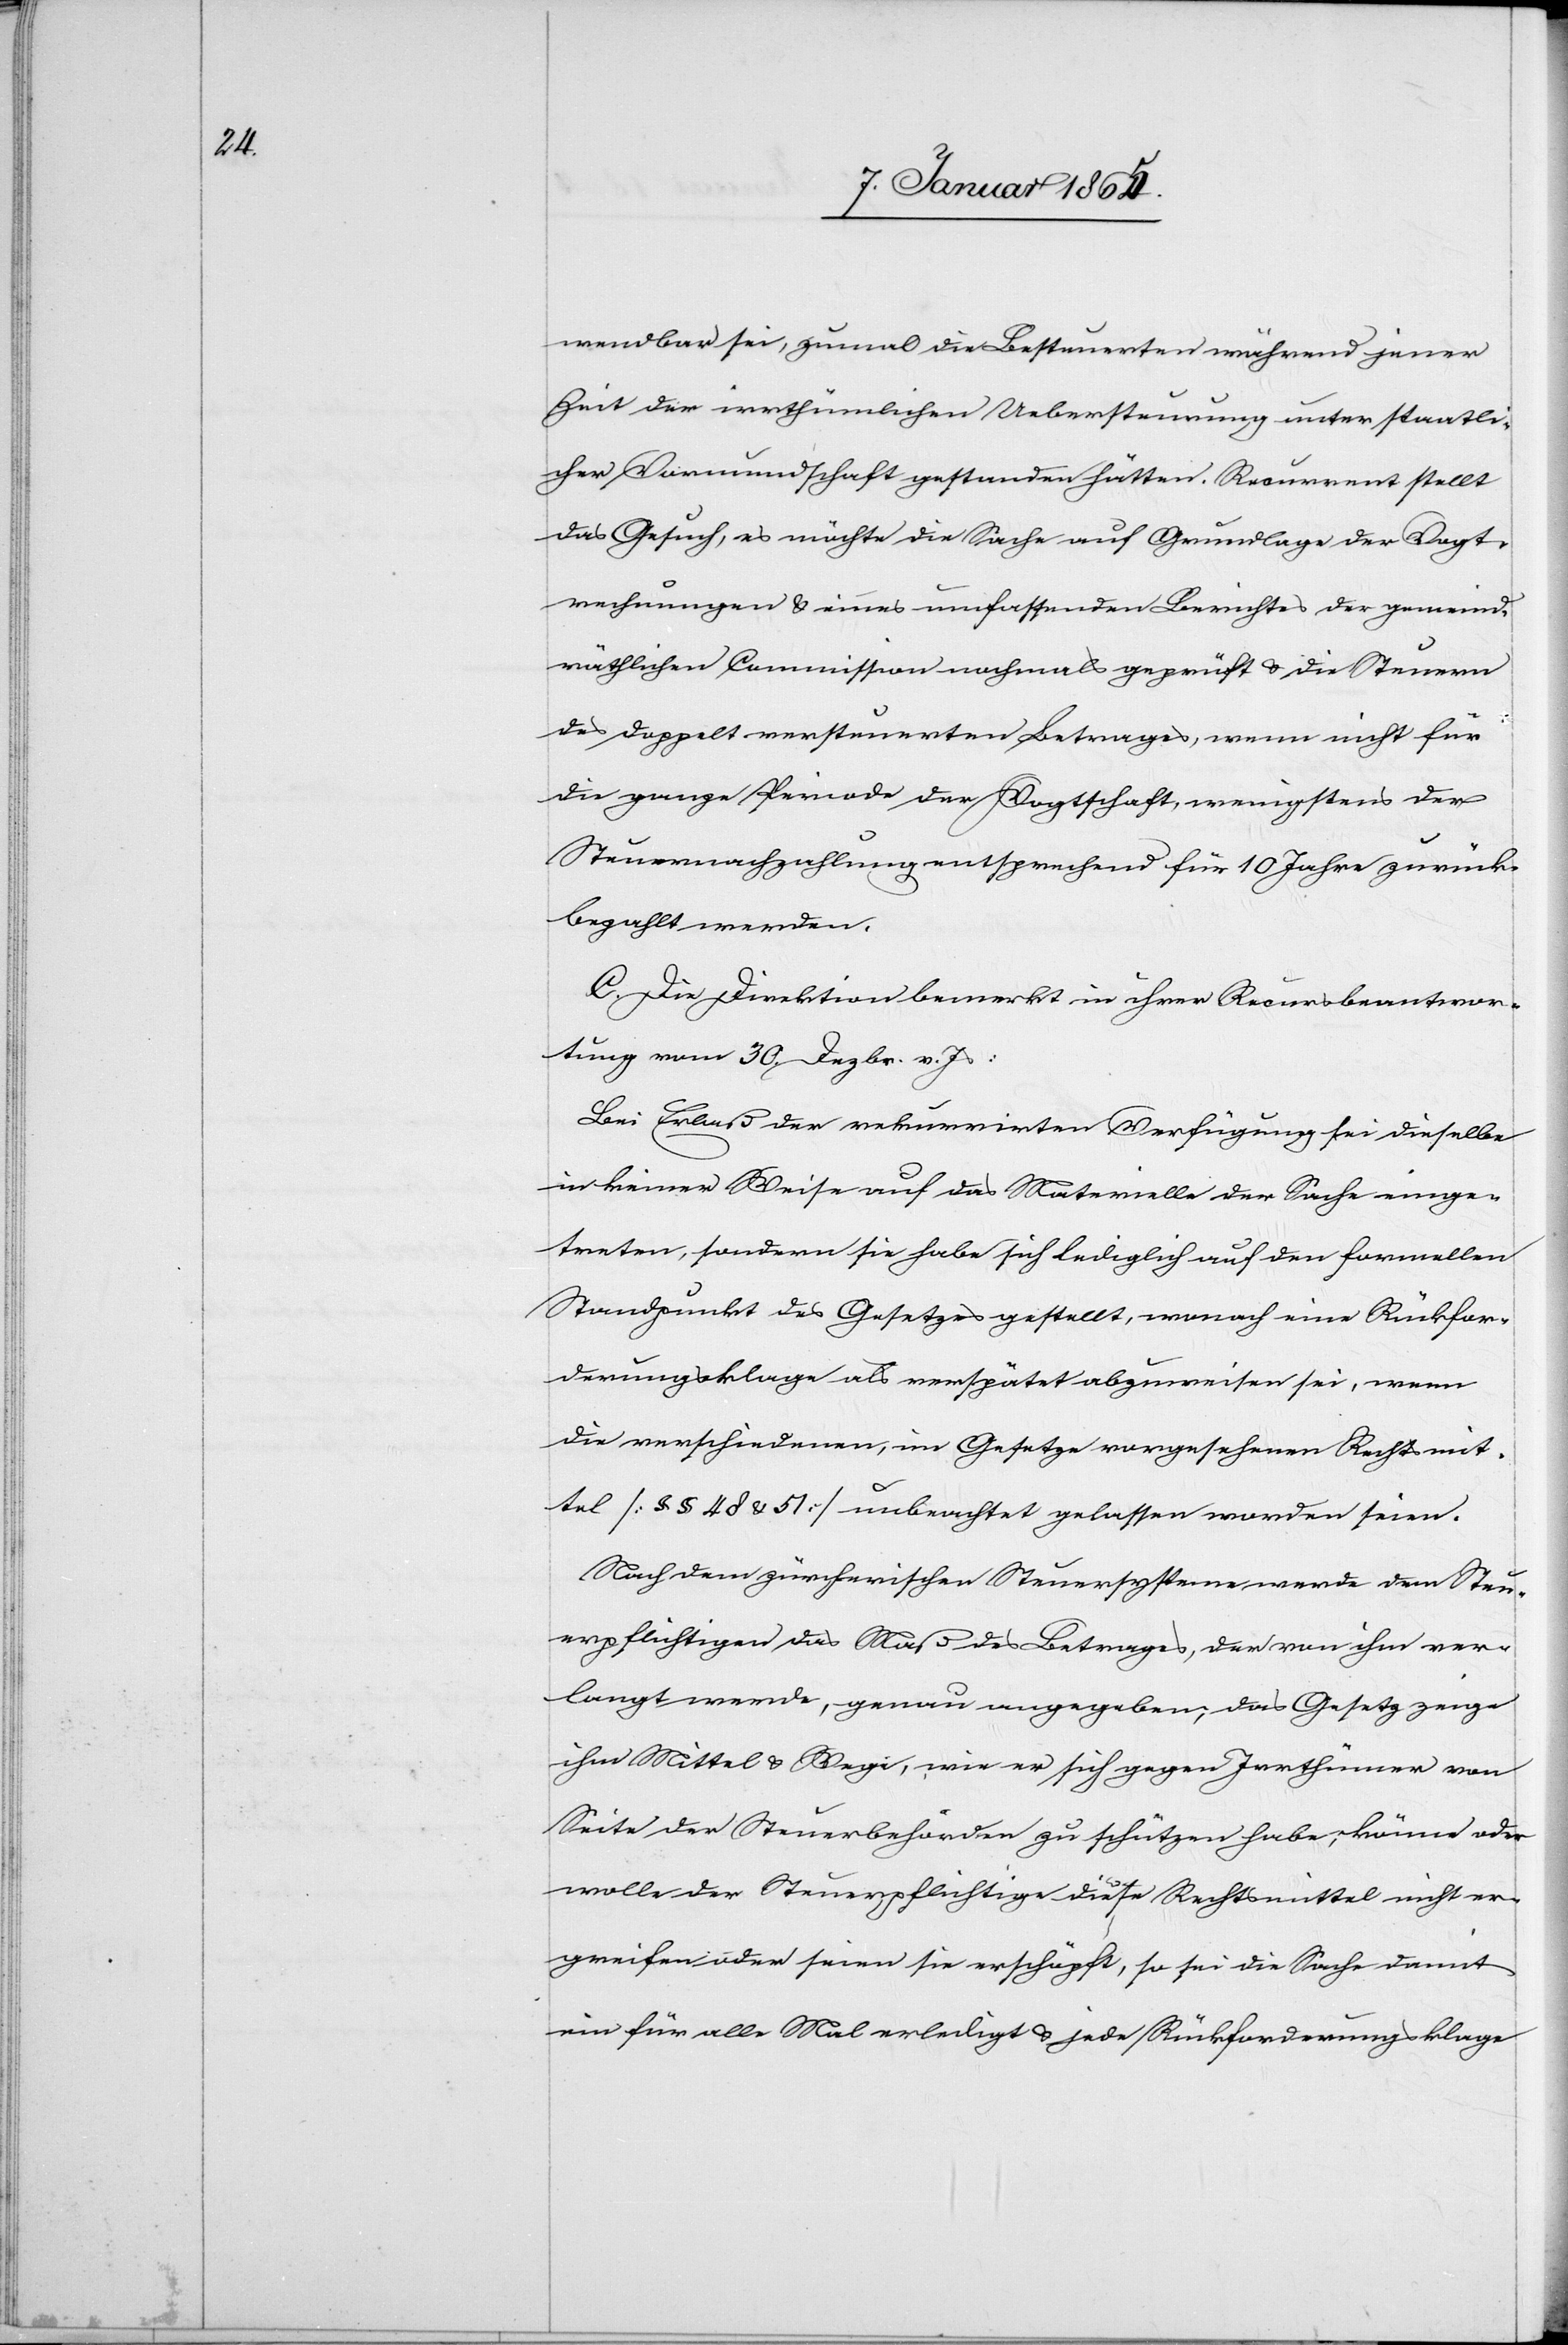
wendbar sei, zumal die Besteuerten während jener
Zeit der irrthümlichen Uebersteurung unter staatli¬
cher Vormundschaft gestanden hätten. Recurrent stellt
das Gesuch, es möchte die Sache auf Grundlage der Vogt¬
rechnungen u. eines umfassende Berichtes der gemeind¬
räthlichen Commission nochmals geprüft u. die Steuern
des doppelt versteuerten Betrages, wenn nicht für
die ganze Periode der Vogtschaft, wenigstens der
Steuernachzahlung entsprechend für 10 Jahre zurück¬
bezahlt werden.
C. Die Direktion bemerkt in ihrer Recursbeantwor¬
tung vom 30. Dezbr. v. Js:
Bei Erlaß der rekurrirten Verfügung sei dieselbe
in keiner Weise auf das Materielle der Sache einge¬
treten, sondern sie habe sich lediglich auf den formellen
Standpunkt des Gesetzes gestellt, wonach eine Rückfor¬
derungsklage als verspätet abzuweisen sei, wenn
die verschiedenen, im Gesetze vorgesehenen Rechtsmit¬
tel [§ § 48 & 51] unbeachtet gelassen worden seien.
Nach dem zürcherischen Steuersysteme werde dem Steu¬
erpflichtigen das Maß des Betrages, der von ihm ver¬
langt werde, genau angegeben, das Gesetz zeige
ihm Mittel u. Wege, wie er sich gegen Irrthümer von
Seite der Steuerbehörden zu schützen habe, könne oder
wolle der Steuerpflichtige diese Rechtsmittel nicht er¬
greifen oder seien sie erschöpft, so sei die Sache damit
ein für alle Mal erledigt u. jede Rückforderungsklage